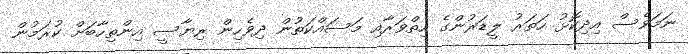
ނަމަވެސް އިދިކޮޅު ހަތަރު ލީޑަރުންގެ ހިތްވަރާއި މަސައްކަތުން ދިވެހިން ރިޔާސީ އިންތިހާބަށް ކުރަމުން